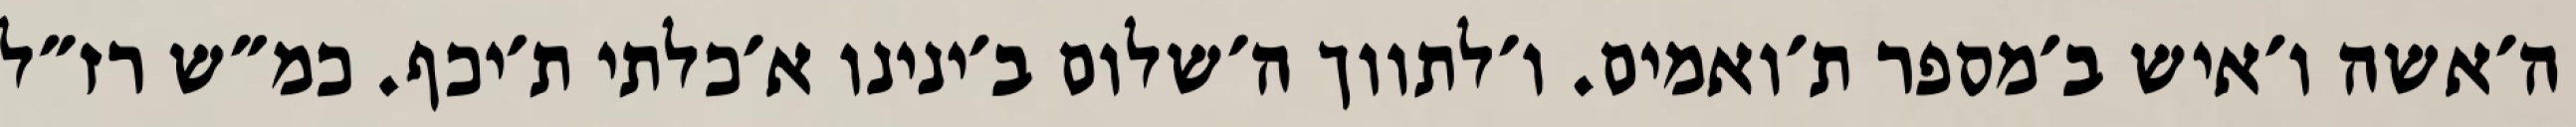
ה׳אשה ו׳איש ב׳מספר ת׳ואמים. ו׳לתווך ה׳שלום ב׳ינינו א׳כלתי ת׳יכף. כמ״ש רז״ל